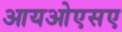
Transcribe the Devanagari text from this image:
आयओएसए